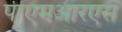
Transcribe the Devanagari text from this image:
पीएमआरएस